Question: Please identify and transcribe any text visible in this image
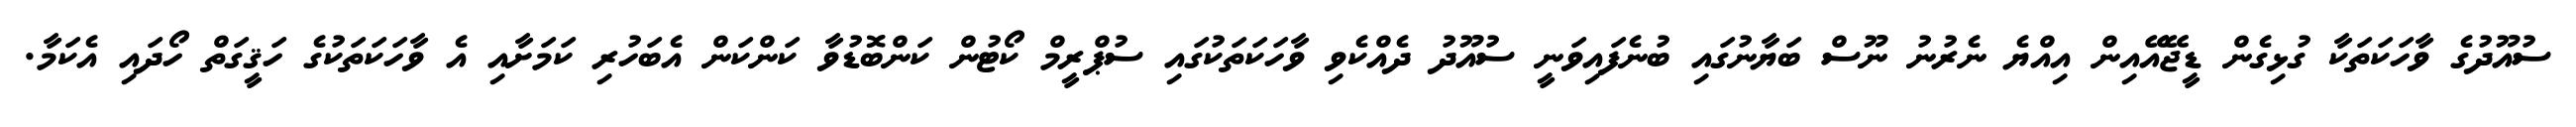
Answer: ސުއޫދުގެ ވާހަކަތަކާ ގުޅިގެން ޑީޖޭއޭއިން އިއްޔެ ނެރުނު ނޫސް ބަޔާނުގައި ބުނެފައިވަނީ ސުއޫދު ދެއްކެވި ވާހަކަތަކުގައި ސުޕްރީމް ކޯޓުން ކަންބޮޑުވާ ކަންކަން އެބަހުރި ކަމަށާއި އެ ވާހަކަތަކުގެ ހަޤީގަތް ހޯދައި އެކަމާ.